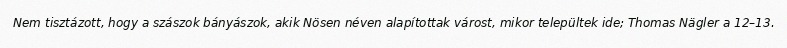
Nem tisztázott, hogy a szászok bányászok, akik Nösen néven alapítottak várost, mikor települtek ide; Thomas Nägler a 12–13.